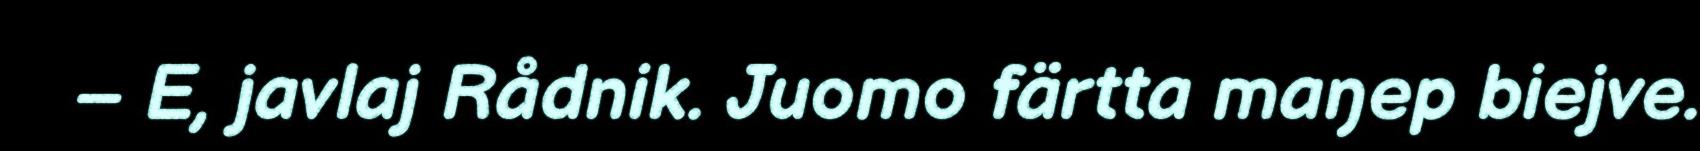
– E, javlaj Rådnik. Juomo färtta maŋep biejve.